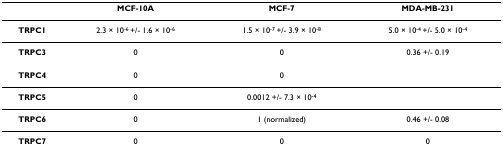
|  | MCF-10A | MCF-7 | MDA-MB-231 |
 | --- | --- | --- | --- |
 | TRPC1 | 2.3 × 10-6 +/- 1.6 × 10-6 | 1.5 × 10-7 +/- 3.9 × 10-8 | 5.0 × 10-4 +/- 5.0 × 10-4 |
 | TRPC3 | 0 | 0 | 0.36 +/- 0.19 |
 | TRPC4 | 0 | 0 |  |
 | TRPC5 | 0 | 0.0012 +/- 7.3 × 10-4 |  |
 | TRPC6 | 0 | 1 (normalized) | 0.46 +/- 0.08 |
 | TRPC7 | 0 | 0 | 0 |